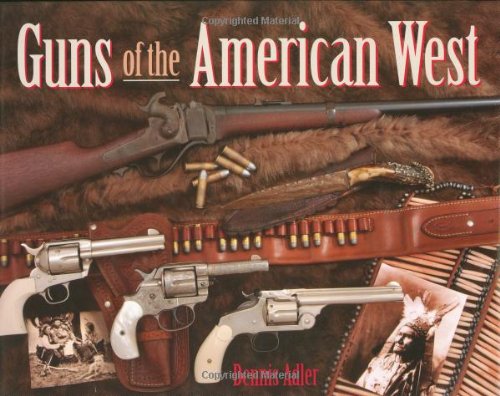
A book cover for Guns of the American West; Dennis Adler; Crafts, Hobbies & Home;